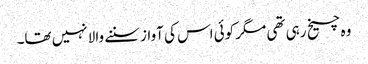
وہ چیخ رہی تھی مگر کوئی اس کی آواز سننے والا نہیں تھا۔